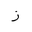
Letter: _zay